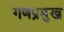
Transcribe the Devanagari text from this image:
गणप्रमुख